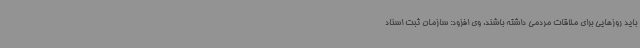
باید روزهایی برای ملاقات مردمی داشته باشند. وی افزود: سازمان ثبت اسناد